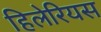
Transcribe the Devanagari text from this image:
हिलेरियस